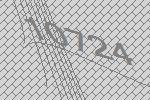
10724